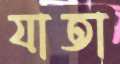
যাতা